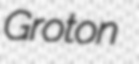
Groton